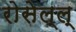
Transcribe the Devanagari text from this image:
रोसेल्ल्